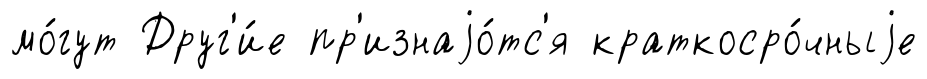
мо́гут Друг'и́е пр'изнаjо́тс'я краткосро́чныjе